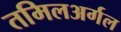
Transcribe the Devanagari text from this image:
तमिलअर्गल